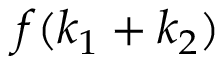
f ( k _ { 1 } + k _ { 2 } )